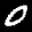
Label: 0